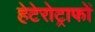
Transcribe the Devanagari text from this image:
हेटेरोट्राफों